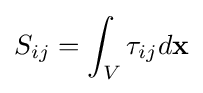
S_{ij}=\int _{V}\tau _{ij}d\mathbf {x}